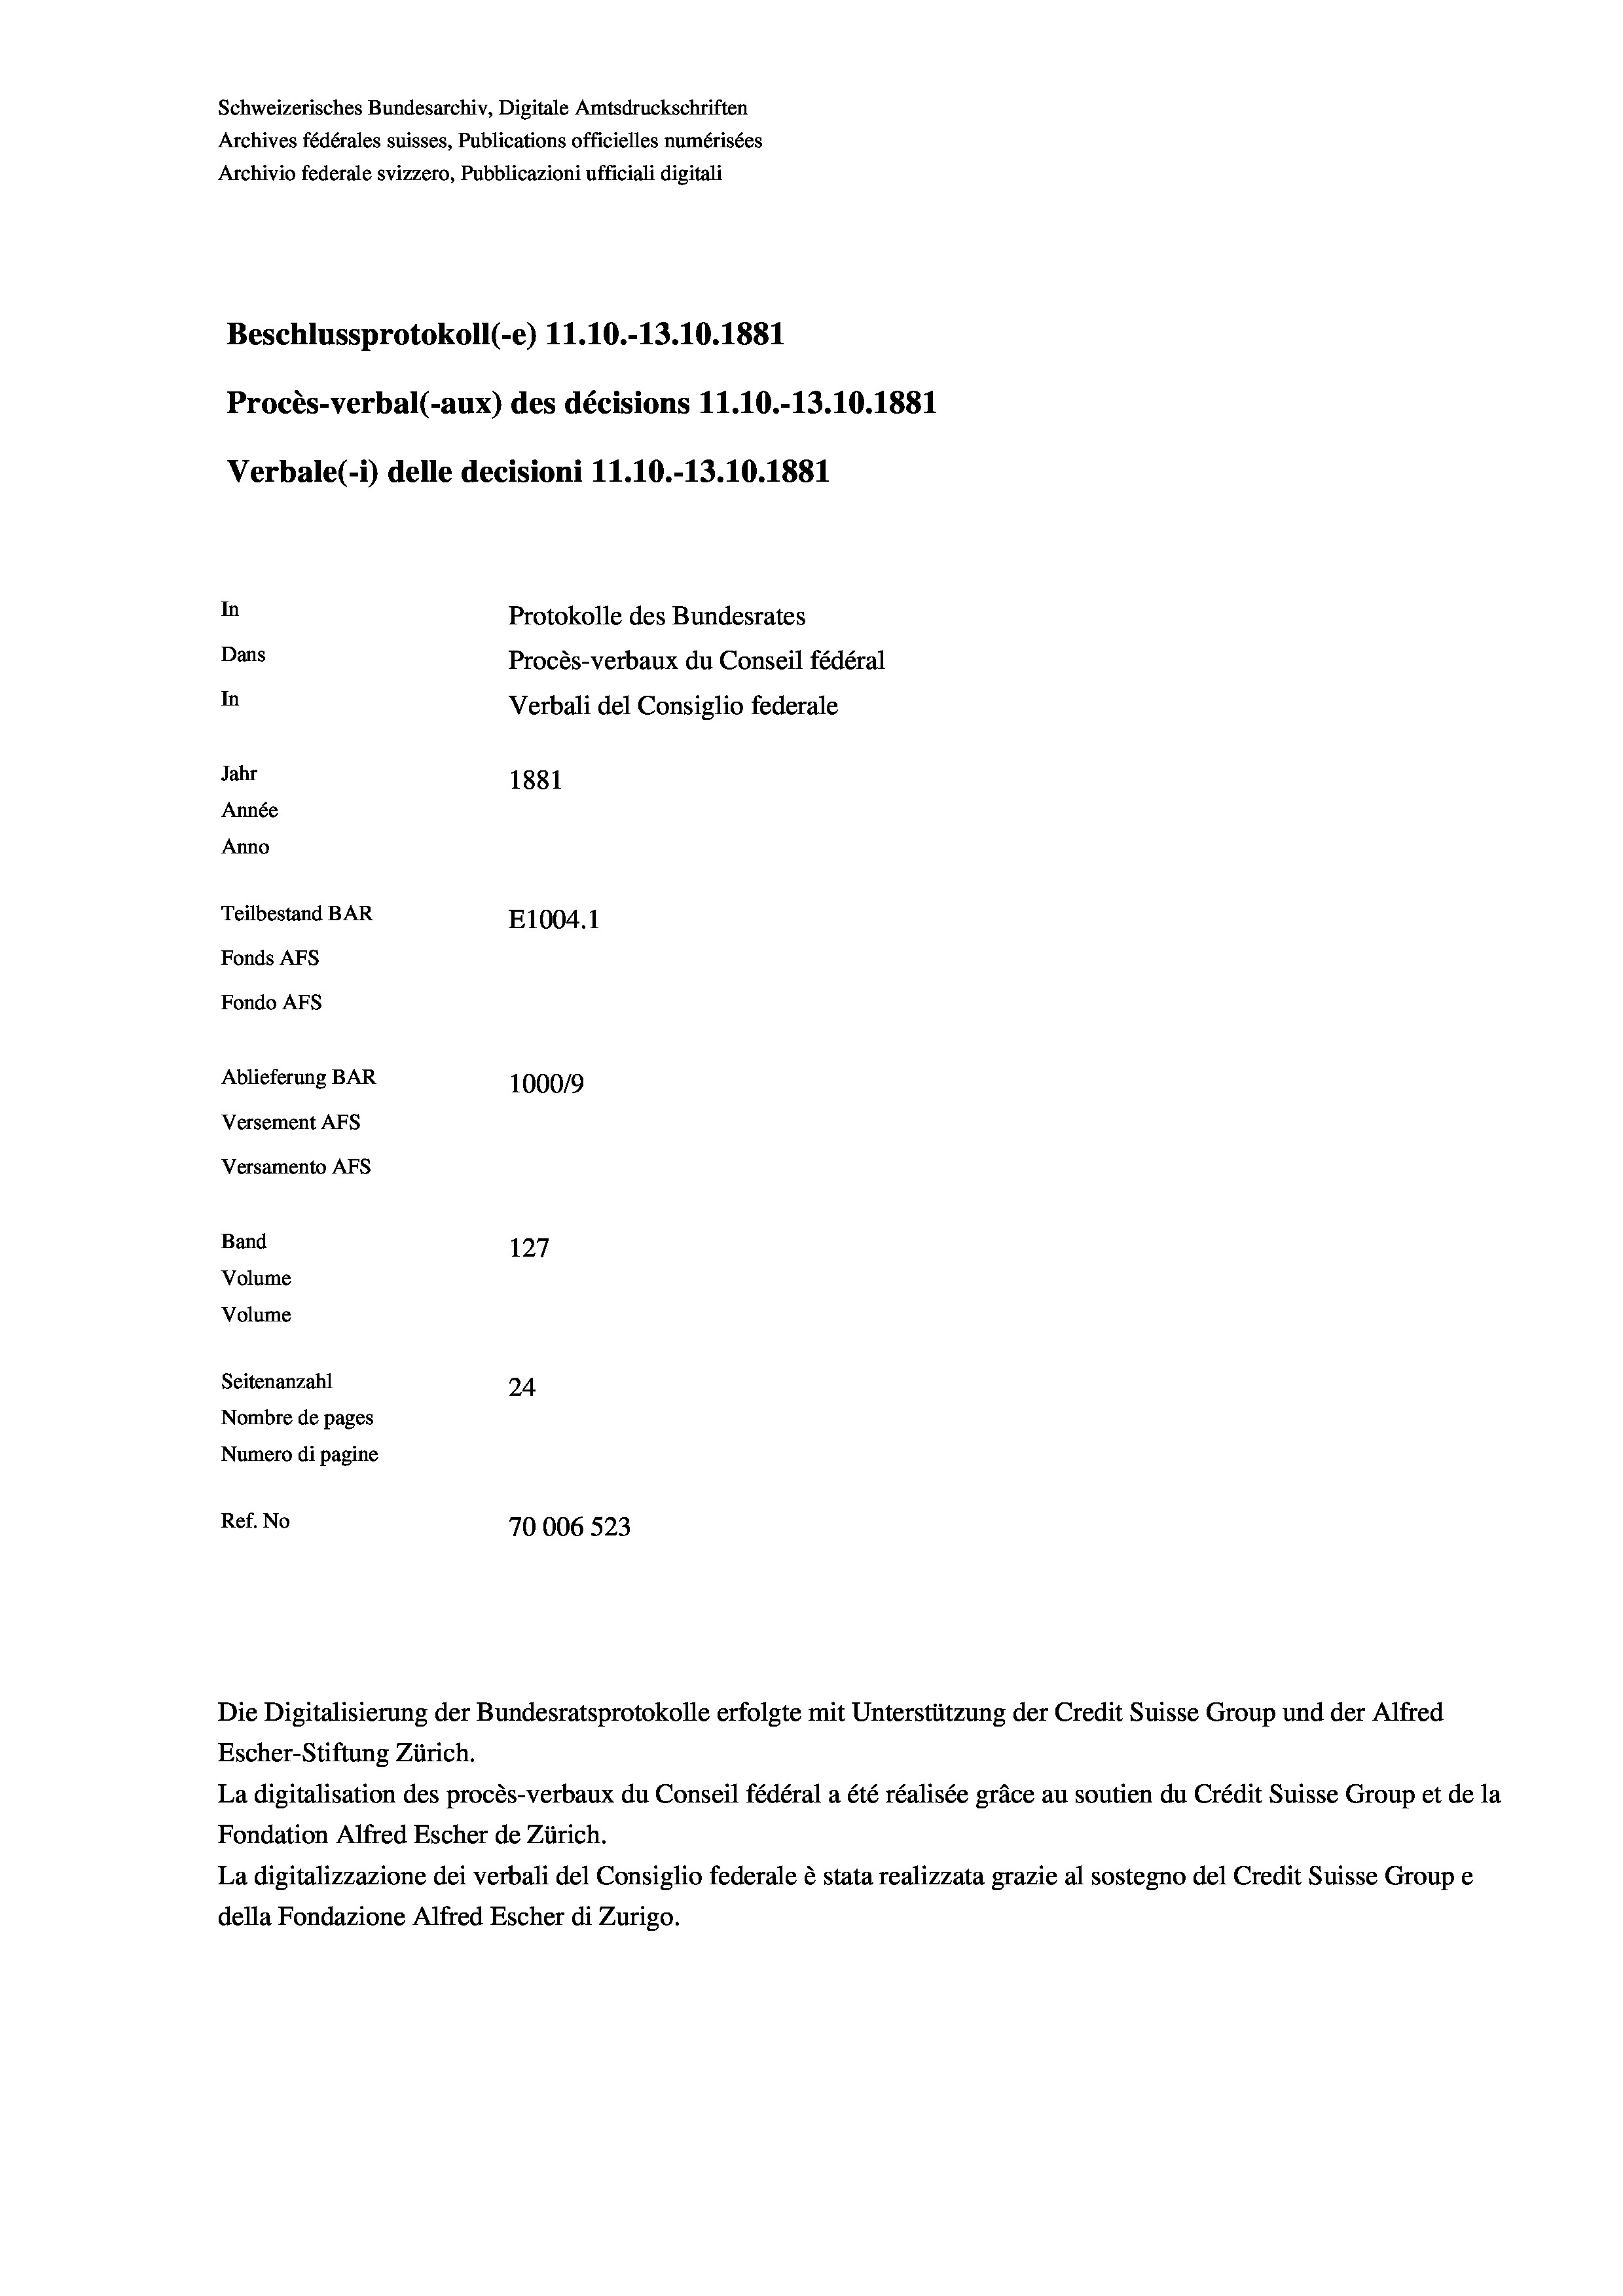
Schweizerisches Bundesarchiv, Digitale Amtsdruckschriften
Archives fédérales suisses, Publications officielles numérisées
Archivio federale svizzero, Pubblicazioni ufficiali digitali
Beschlussprotokoll (-e) 11.10.-13.10.1881
Procès-verbal (-aux) des décisions 11.10.-13.10.1881
Verbale (i) delle decisioni 11.10.-13.10.1881
In
Protokolle des Bundesrates
Dans
Procès-verbaux du Conseil fédéral
In
Verbali del Consiglio federale
Jahr
1881
Année
Anno
Teilbestand BAR
E1004. 1
Fonds AFs
Fondo Afs
Ablieferung BAR
100019
Versement AFs
Versamento AFS
Band
127
Volume
Volume
Seitenanzahl
24
Nombre de pages
Numero di pagine
Ref. No
70006 523

Die Digitalisierung der Bundesratsprotokolle erfolgte mit Unterstützung der Credit Suisse Group und der Alfred
Escher-Stiftung Zürich.
La digitalisation des procès-verbaux du Conseil fédéral a été réalisée gräce au soutien du Crédit Suisse Group et de la
Fondation Alfred Escher de Zürich.
La digitalizzazione dei verbali del Consiglio federale è stata realizzata grazie al sostegno del Credit Suisse Groupe
della Fondazione Alfred Escher di Zurigo.